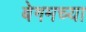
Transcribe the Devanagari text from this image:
बेगमच्या